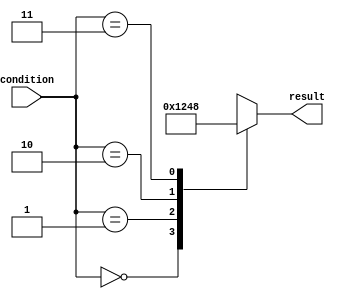
module priority_case_statement (
    input [1:0] condition,
    output reg [3:0] result
);

always @*
begin
    case (condition)
        2'b00: result = 4'b0001; // highest priority
        2'b01: result = 4'b0010;
        2'b10: result = 4'b0100;
        2'b11: result = 4'b1000; // lowest priority
    endcase
end

endmodule